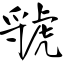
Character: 虢